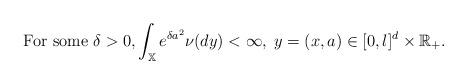
LaTeX: \begin{align*}\mbox{ For some }\delta >0,\int_{\mathbb{X}}e^{\delta a^{2}}\nu (dy)<\infty,\;y=(x,a)\in \lbrack 0,l]^{d}\times \mathbb{R}_{+}.\end{align*}